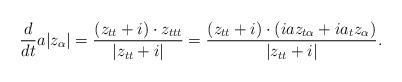
LaTeX: \begin{align*} \frac{d}{dt}a|z_{\alpha}|=\frac{(z_{tt}+i)\cdot z_{ttt}}{|z_{tt}+i|}=\frac{(z_{tt}+i)\cdot (iaz_{t\alpha}+ia_tz_{\alpha})}{|z_{tt}+i|}.\end{align*}